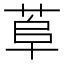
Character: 𦰺